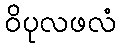
ဝိပုလဖလံ